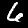
Digit: 6